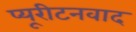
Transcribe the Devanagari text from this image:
प्यूरीटनवाद